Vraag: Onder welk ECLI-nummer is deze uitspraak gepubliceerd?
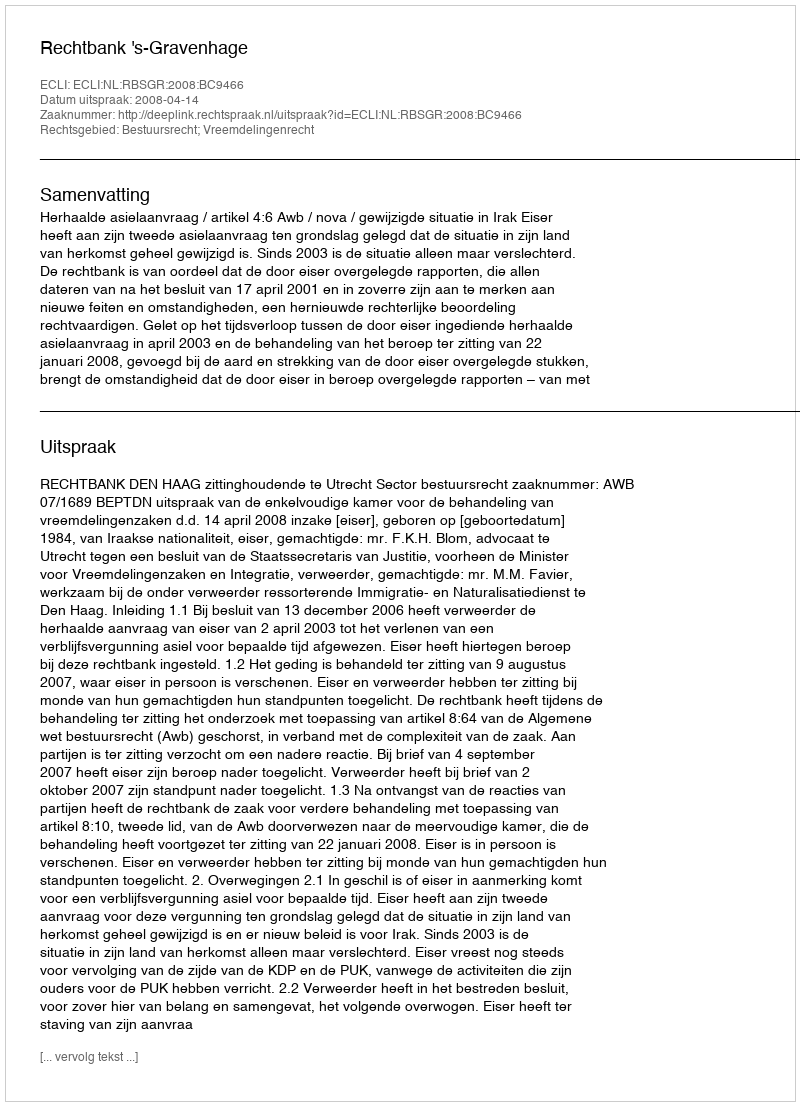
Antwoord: ECLI:NL:RBSGR:2008:BC9466